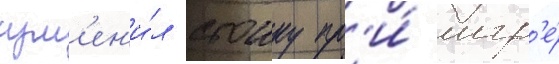
изм'ен'и́л стоику пр'и́ игр'е́